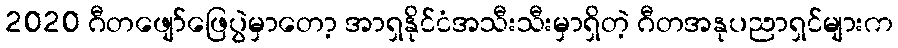
2020 ဂီတဖျော်ဖြေပွဲမှာတော့ အာရှနိုင်ငံအသီးသီးမှာရှိတဲ့ ဂီတအနုပညာရှင်များက